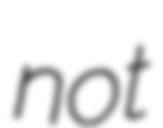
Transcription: not